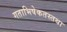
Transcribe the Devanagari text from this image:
गताभिषेकतस्तथा